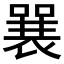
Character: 𱔞